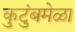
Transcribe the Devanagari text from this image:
कुटुंबमेळा